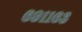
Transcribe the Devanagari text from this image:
६९११६३